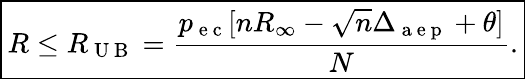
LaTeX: \boxed{R\le R_{\mathrm{~U~B~}}=\frac{p_{\mathrm{~e~c~}}[nR_{\infty}-\sqrt{n}\Delta_{\mathrm{~a~e~p~}}+\theta]}{N}.}